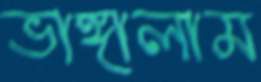
ভাঙ্গালাম